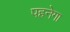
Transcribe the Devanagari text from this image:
पहनेगा